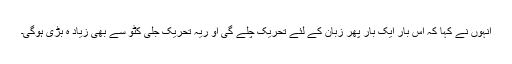
انہوں نے کہا کہ اس بار ایک بار پھر زبان کے لئے تحریک چلے گی او ریہ تحریک جلی کٹو سے بھی زیاد ہ بڑی ہوگی۔